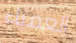
العمياء